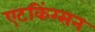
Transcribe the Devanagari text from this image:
एटकिंग्सन